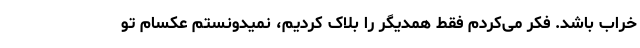
خراب باشد. فکر می‌کردم فقط همدیگر را بلاک کردیم، نمیدونستم عکسام تو